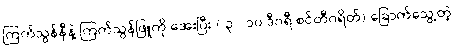
ကြက်သွန်နီနဲ့ ကြက်သွန်ဖြူကို အေးပြီး ( ၃ - ၁၀ ဒီဂရီ စင်တီဂရိတ်) ခြောက်သွေ့တဲ့၊